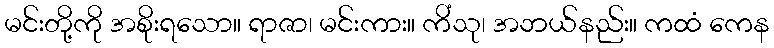
မင်းတို့ကို အစိုးရသော။ ရာဇာ၊ မင်းကား။ ကိံသု၊ အဘယ်နည်း။ ကထံ ကေန